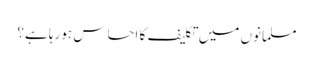
مسلمانوں میں تکلیف کا احساس ہورہا ہے؟